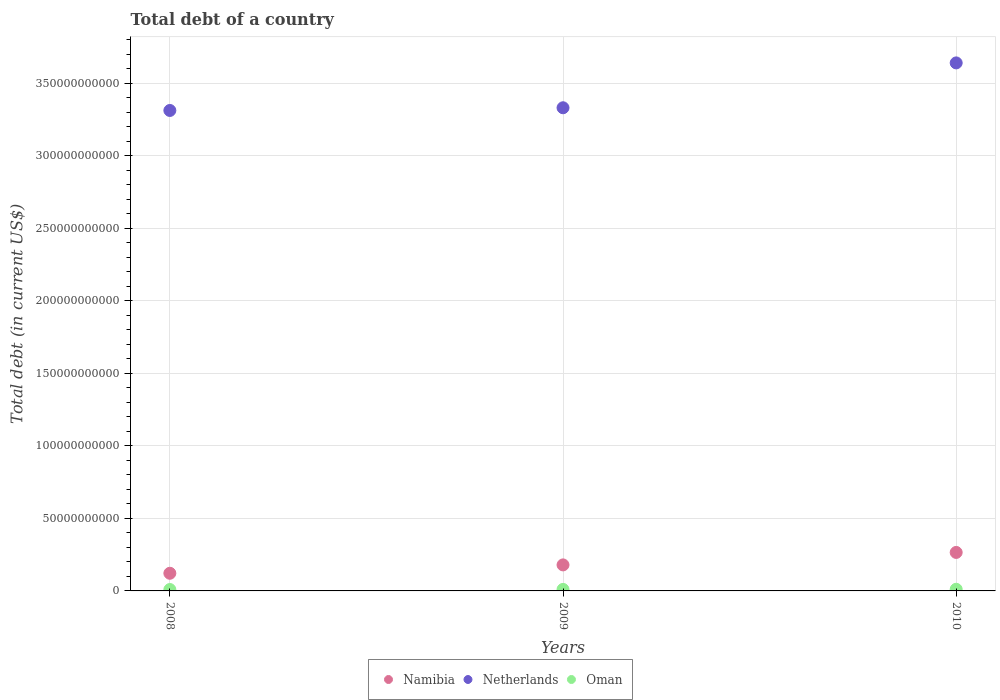
| Years | Namibia | Netherlands | Oman |
 | --- | --- | --- | --- |
 | 2008 | 1.22e+10 | 3.31e+11 | 9.65e+08 |
 | 2009 | 1.79e+10 | 3.33e+11 | 1.04e+09 |
 | 2010 | 2.65e+10 | 3.64e+11 | 1.14e+09 |